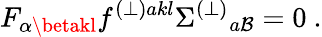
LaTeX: F_{\alpha\betakl}f^{(\perp)akl}\Sigma^{(\perp)}{}_{a\mathcal{B}}=0\ .